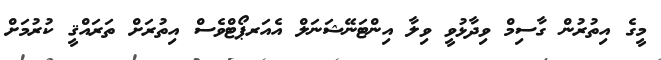
މީގެ އިތުރުން ގާސިމް ވިދާޅުވީ ވިލާ އިންޓަނޭޝަނަލް އެއަރޕޯޓްވެސް އިތުރަށް ތަރައްޤީ ކުުރުމަށް